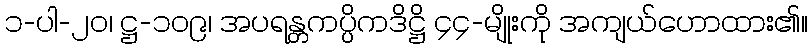
၁-ပါ-၂၀၊ ဋ္ဌ-၁၀၉၊ အပရန္တကပ္ပိကဒိဋ္ဌိ ၄၄-မျိုးကို အကျယ်ဟောထား၏။